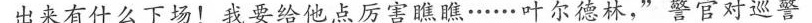
出来有什么下场!我要给他点厉害瞧瞧··...·叶尔德林,”警官对巡警